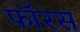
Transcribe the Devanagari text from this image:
फॉरस